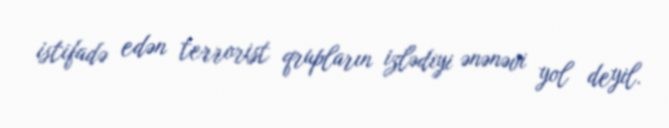
istifadə edən terrorist qrupların izlədiyi ənənəvi yol deyil.